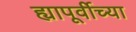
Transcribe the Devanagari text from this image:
ह्यापूर्वीच्या